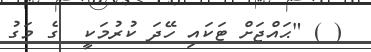
( ) "ޙައްޖަށް ޓަކައި ހޭދަ ކުރުމަކީ  ގެ މަގު